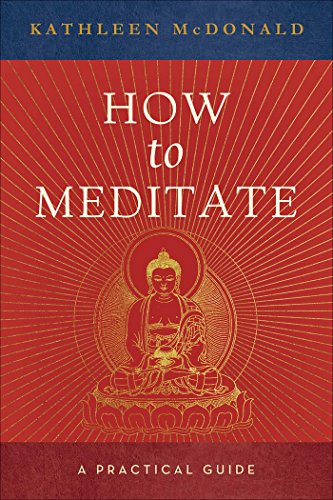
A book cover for How to Meditate: A Practical Guide; Kathleen McDonald; Religion & Spirituality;